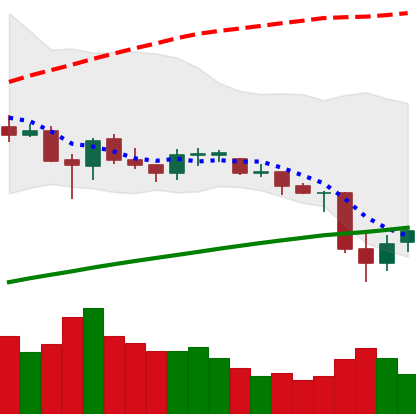
Ticker: ETC-USD
Chart end date: 2021-06-24
Forward return: 30.652%
Label: up_7plus